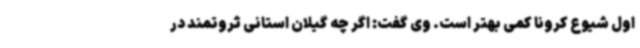
اول شیوع کرونا کمی بهتر است. وی گفت: اگر چه گیلان استانی ثروتمند در